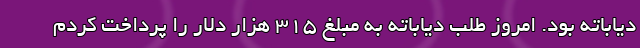
دیاباته بود. امروز طلب دیاباته به مبلغ ۳۱۵ هزار دلار را پرداخت کردم